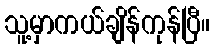
သူ့မှာကယ်ချိန်ကုန်ပြီ။